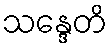
သန္ဒေတိ